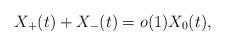
LaTeX: \begin{align*}X_+(t)+X_-(t)=o(1)X_0(t),\end{align*}